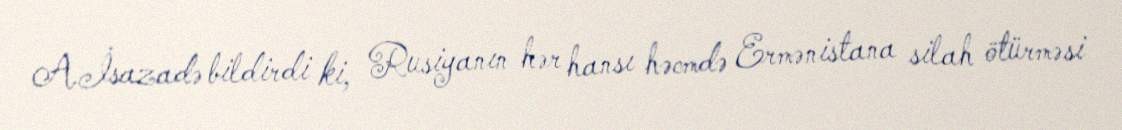
A.İsazadə bildirdi ki, Rusiyanın hər hansı həcmdə Ermənistana silah ötürməsi